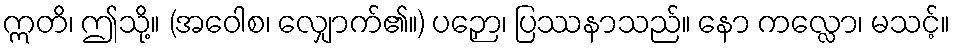
ဣတိ၊ ဤသို့။ (အဝေါစ၊ လျှောက်၏။) ပဉှော၊ ပြဿနာသည်။ နော ကလ္လော၊ မသင့်။